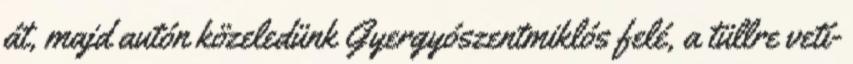
át, majd autón közeledünk Gyergyószentmiklós felé, a tüllre vetí-